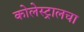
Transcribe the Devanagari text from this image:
कोलेस्ट्रालचा